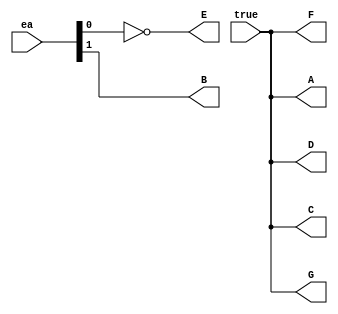
module cc_saida(
input [1:0] ea,
input true,
output A,
output B,
output C,
output D,
output E,
output F,
output G
);

buf(A, true);

buf(B, ea[1]);

buf(C, true);

buf(D, true);

not(E, ea[0]);

buf(F, true);

buf(G, true);

endmodule